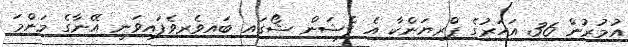
އުމުރުން 36 އަހަރުގެ ޕްރިޔަންކާ އެ ފެޝަން ޝޯގައި ބައިވެރިވެފައިވަނީ އޭނާގެ މަންމަ